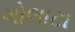
ગોલાટા